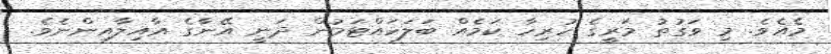
މެއެވެ. މި ވަގުތު މަރީގެ ހުރިހާ ކަމެއް ބަލަހައްޓަމުން ދަނީ އޭނާގެ އާއިލާއިންނެވެ.